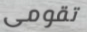
تقومى